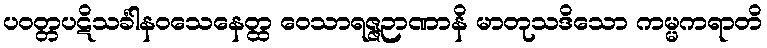
ပဝတ္တပဋိသင်္ခါနဝသေနေတ္ထ ဝေသာရဇ္ဇဉာဏာနိ မာတုသဒိသော ကမ္မကရာတိ